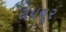
રાયચૂર